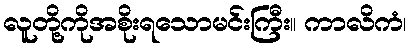
လူတို့ကိုအစိုးရသောမင်းကြီး။ ကာလိကံ၊